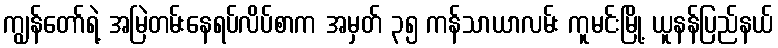
ကျွန်တော်ရဲ့ အမြဲတမ်းနေရပ်လိပ်စာက အမှတ် ၃၅ ကန်သာယာလမ်း ကူမင်းမြို့ ယူနန်ပြည်နယ်